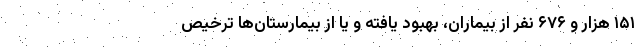
۱۵۱ هزار و ۶۷۶ نفر از بیماران، بهبود یافته و یا از بیمارستان‌ها ترخیص